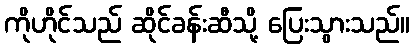
ကိုဟိုင်သည် ဆိုင်ခန်းဆီသို့ ပြေးသွားသည်။